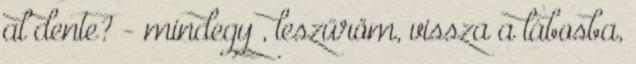
al dente? - mindegy , leszűröm, vissza a lábosba,